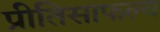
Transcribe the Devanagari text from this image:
प्रीतिसाफल्य